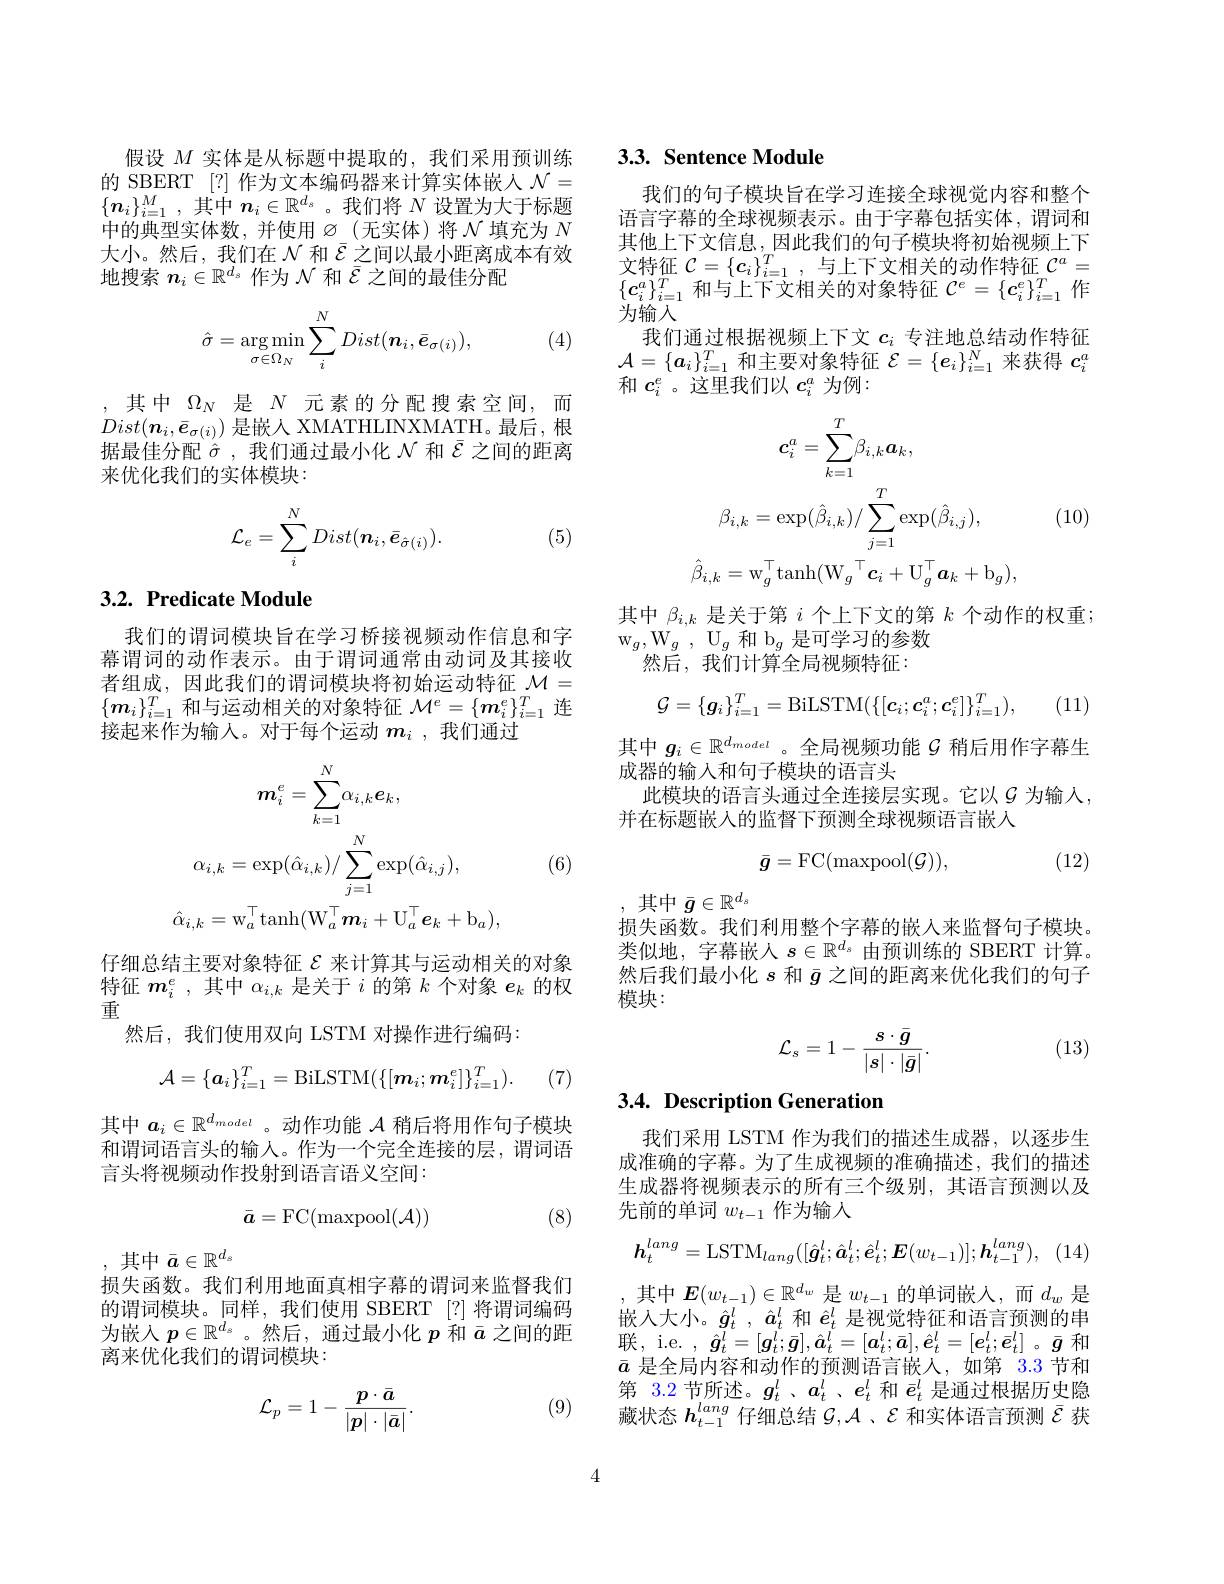
假设$M$实体是从标题中提取的，我们采用预训练的 SBERT [?] 作为文本编码器来计算实体嵌人$\mathcal{N}=$ $\{\boldsymbol{n}_i\}_{i=1}^M$,其中$\boldsymbol{n}_i\in\mathbb{R}^d_s$。我们将$N$设置为大于标题中的典型实体数，并使用$\varnothing_-($无实体)将$\mathcal{N}$ 填充为 $N$ 大小。然后，我们在$\mathcal{N}$和$\bar{\mathcal{E}}$之间以最小距离成本有效地搜索$n_i\in\mathbb{R}^{d_s}$作为$\mathcal{N}$和$\bar{\varepsilon}$之间的最佳分配
$$\hat{\sigma}=\underset{\sigma\in\Omega_N}{\arg\min}\sum_i^NDist(\boldsymbol{n}_i,\bar{\boldsymbol{e}}_{\sigma(i)}),$$
(4)

,其中$\Omega_N$是$N$元素的分配搜索空间，而$Dist(\boldsymbol{n}_{i},\bar{\boldsymbol{e}}_{\sigma(i)})$是嵌人 XMATHLINXMATH。最后，根据最佳分配$\hat{\sigma}$,我们通过最小化$\mathcal{N}$和$\bar{\varepsilon}$之间的距离来优化我们的实体模块：
$$\mathcal{L}_{e}=\sum_{i}^{N}Dist(\boldsymbol{n}_{i},\bar{\boldsymbol{e}}_{\hat{\sigma}(i)}).$$
(5)

# 3.2. Predicate Module

我们的谓词模块旨在学习桥接视频动作信息和字幕谓词的动作表示。由于谓词通常由动词及其接收者组成，因此我们的谓词模块将初始运动特征$\mathcal{M}=$ $\{\boldsymbol{m}_i\}_{i=1}^T$和与运动相关的对象特征$\mathcal{M}^e=\{\boldsymbol{m}_i^e\}_{i=1}^T$连接起来作为输入。对于每个运动$m_i$,我们通过
$$\boldsymbol{m}_{i}^{e}=\sum_{k=1}^{N}\alpha_{i,k}\boldsymbol{e}_{k},\\\alpha_{i,k}=\exp(\hat{\alpha}_{i,k})/\sum_{j=1}^{N}\exp(\hat{\alpha}_{i,j}),\\\hat{\alpha}_{i,k}=\mathrm{w}_{a}^{\top}\mathrm{tanh}(\mathrm{W}_{a}^{\top}m_{i}+\mathrm{U}_{a}^{\top}e_{k}+\mathrm{b}_{a}),$$
(6)

仔细总结主要对象特征$\mathcal{E}$来计算其与运动相关的对象特征$\boldsymbol{m}_i^e$,其中$\alpha_i,k$是关于$i$的第$k$个对象$e_k$的权重
然后，我们使用双向 LSTM 对操作进行编码：
$$\mathcal{A}=\{\boldsymbol{a}_i\}_{i=1}^T=\mathrm{BiLSTM}(\{[\boldsymbol{m}_i;\boldsymbol{m}_i^e]\}_{i=1}^T).$$
(7)

其中$a_i\in\mathbb{R}^d_{model}$ 。动作功能$\mathcal{A}$稍后将用作句子模块和谓词语言头的输入。作为一个完全连接的层，谓词语言头将视频动作投射到语言语义空间：
$$\bar{\boldsymbol{a}}=\mathrm{FC}(\mathrm{maxpool}(\mathcal{A}))$$
(8)

,其中$\bar{a}\in\mathbb{R}^d_s$
损失函数。我们利用地面真相字幕的谓词来监督我们的谓词模块。同样，我们使用 SBERT [?]将谓词编码为嵌入$p\in\mathbb{R}^d_s$ 。然后，通过最小化$p$和$\bar{a}$之间的距离来优化我们的谓词模块：

(9)
$$\mathcal{L}_p=1-\frac{p\cdot\bar{a}}{|p|\cdot|\bar{a}|}.$$
## 3.3. Sentence Module

我们的句子模块旨在学习连接全球视觉内容和整个语言字幕的全球视频表示。由于字幕包括实体，谓词和其他上下文信息，因此我们的句子模块将初始视频上下文特征$\mathcal{C}=\{\boldsymbol{c}_i\}_{i=1}^T$,与上下文相关的动作特征$\mathcal{C}^a=$ $\{\boldsymbol{c}_{i}^{a}\}_{i=1}^{T}$和与上下文相关的对象特征$\mathcal{C}^e=\{\boldsymbol{c}_{i}^{e}\}_{i=1}^{T}$作为输入
我们通过根据视频上下文$c_i$专注地总结动作特征$\mathcal{A}=\{\boldsymbol{a}_i\}_{i=1}^T$和主要对象特征$\mathcal{E}=\{\boldsymbol{e}_i\}_i=1^N$来获得$c_i^a$ 和$c_i^e$ 。这里我们以$c_i^a$为例：
$$c_{i}^{a}=\sum_{k=1}^{T}\beta_{i,k}\boldsymbol{a}_{k},\\\beta_{i,k}=\exp(\hat{\beta}_{i,k})/\sum_{j=1}^{T}\exp(\hat{\beta}_{i,j}),\\\hat{\beta}_{i,k}=\mathrm{w}_{g}^{\top}\mathrm{tanh}(\mathrm{W}_{g}^{\top}c_{i}+\mathrm{U}_{g}^{\top}a_{k}+\mathrm{b}_{g}),$$
(10)

其中$\beta_{i,k}$是关于第$i$个上下文的第$k$个动作的权重；
$\mathrm{w} _{g}, \mathrm{W} _{g}$ , $\mathrm{U} _{g}$和$\mathrm{b}_g$是可学习的参数
然后，我们计算全局视频特征：
$$\mathcal{G}=\{\boldsymbol{g}_{i}\}_{i=1}^{T}=\mathrm{BiLSTM}(\{[\boldsymbol{c}_{i};\boldsymbol{c}_{i}^{a};\boldsymbol{c}_{i}^{e}]\}_{i=1}^{T}),$$
(11)

其中$g_i\in\mathbb{R}^{d_{model}}$ 。全局视频功能$\mathcal{G}$稍后用作字幕生
成器的输入和句子模块的语言头
此模块的语言头通过全连接层实现。它以$\mathcal{G}$为输入，
并在标题嵌入的监督下预测全球视频语言嵌入
$$\bar{\boldsymbol{g}}=\mathrm{FC}(\mathrm{maxpool}(\mathcal{G})),$$
(12)

,其中$\bar{g}\in\mathbb{R}^d_s$
损失函数。我们利用整个字幕的嵌入来监督句子模块。类似地，字幕嵌人$s\in\mathbb{R}^d_s$由预训练的 SBERT 计算。然后我们最小化$s$和$\bar{g}$之间的距离来优化我们的句子模块：

(13)
$$\mathcal{L}_s=1-\frac{s\cdot\bar{g}}{|s|\cdot|\bar{g}|}.$$
## 3.4. Description Generation

我们采用 LSTM 作为我们的描述生成器，以逐步生成准确的字幕。为了生成视频的准确描述，我们的描述生成器将视频表示的所有三个级别，其语言预测以及先前的单词$w_t-1$作为输入
$$h_{t}^{lang}=\mathrm{LSTM}_{lang}([\hat{g}_{t}^{l};\hat{a}_{t}^{l};\hat{e}_{t}^{l};\boldsymbol{E}(w_{t-1})];\boldsymbol{h}_{t-1}^{lang}),$$
,其中$\boldsymbol{E}(w_t-1)\in\mathbb{R}^{d_w}$是$w_t-1$的单词嵌入，而$d_w$ 是嵌入大小。$\hat{g}_t^l,\hat{a}_t^l$和$\hat{e}_t^l$是视觉特征和语言预测的串联，i.e.$,\hat{g}_t^l=[\boldsymbol{g}_t^l;\bar{g}],\hat{a}_t^l=[\boldsymbol{a}_t^l;\bar{a}],\hat{e}_t^l=[\boldsymbol{e}_t^l;\bar{e}_t^l]$。$\bar{g}$ 和$\bar{a}$是全局内容和动作的预测语言嵌人，如第 3.3 节和第 3.2 节所述。$g_t^l$ 、$a_t^l$ 、$e_t^l$和$\bar{e}_t^l$是通过根据历史隐藏状态$h_{t-1}^{lang}$仔细总结$\mathcal{G},\mathcal{A}$、$\mathcal{E}$和实体语言预测$\bar{\mathcal{E}}$获

4